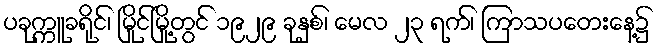
ပခုက္ကူခရိုင်၊ မြိုင်မြို့တွင် ၁၉၂၉ ခုနှစ်၊ မေလ ၂၃ ရက်၊ ကြာသပတေးနေ့၌